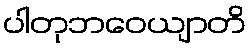
ပါတုဘဝေယျာတိ